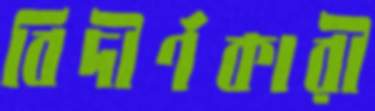
বিদীর্ণকারী